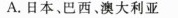
A.日本、巴西。澳大利亚